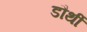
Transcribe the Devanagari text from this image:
डौर्थी